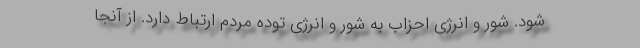
شود. شور و انرژی احزاب به شور و انرژی توده مردم ارتباط دارد. از آنجا